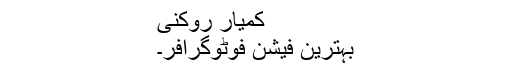
کمیار روکنی
بہترین فیشن فوٹوگرافر۔